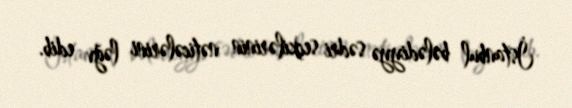
İstanbul bələdiyyə sədri seçkilərinin nəticələrini ləğv edib.